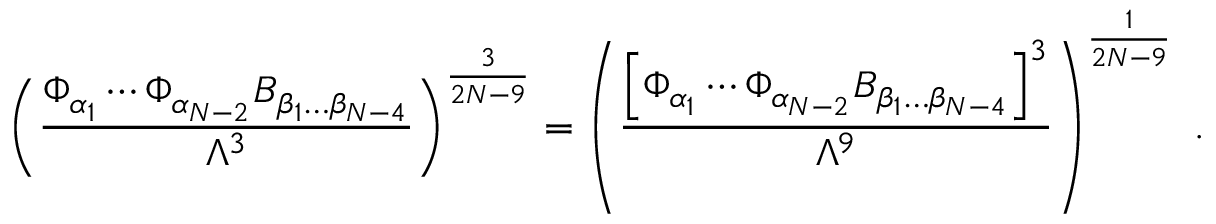
\left( { \frac { \Phi _ { \alpha _ { 1 } } \cdots \Phi _ { \alpha _ { N - 2 } } { \cal B } _ { \beta _ { 1 } \dots \beta _ { N - 4 } } } { \Lambda ^ { 3 } } } \right) ^ { \frac { 3 } { 2 N - 9 } } = \left( { \frac { \left[ \Phi _ { \alpha _ { 1 } } \cdots \Phi _ { \alpha _ { N - 2 } } { \cal B } _ { \beta _ { 1 } \dots \beta _ { N - 4 } } \right] ^ { 3 } } { \Lambda ^ { 9 } } } \right) ^ { \frac { 1 } { 2 N - 9 } } ~ .